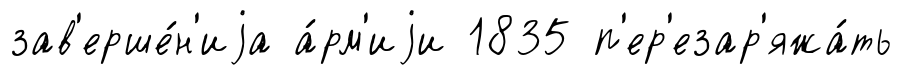
зав'ерше́н'иjа а́рм'иjи 1835 п'ер'езар'яжа́ть